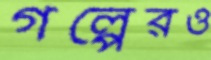
গল্পেরও